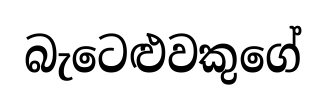
බැටෙළුවකුගේ